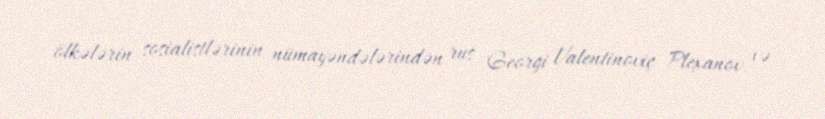
ölkələrin sosialistlərinin nümayəndələrindən rus Georgi Valentinoviç Plexanov və